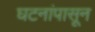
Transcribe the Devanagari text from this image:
घटनांपासून